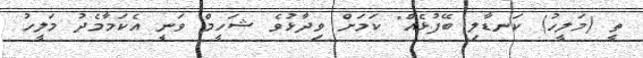
ތީ (މަލީހު) ކަނޑާލި ބޭފުޅެއް" ކަމަށް ވިދާޅުވެ ޝަހީމް ވަނީ އެކަމާމެދު މަލީހު